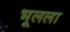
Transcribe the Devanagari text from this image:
भूलला